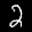
Label: 2